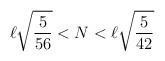
LaTeX: \begin{align*}\ell \sqrt{\frac{5}{56}}<N<\ell \sqrt{\frac{5}{42}}\end{align*}